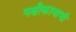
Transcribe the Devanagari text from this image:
नक्षीकामाची